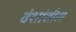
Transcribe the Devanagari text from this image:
वंशांतील